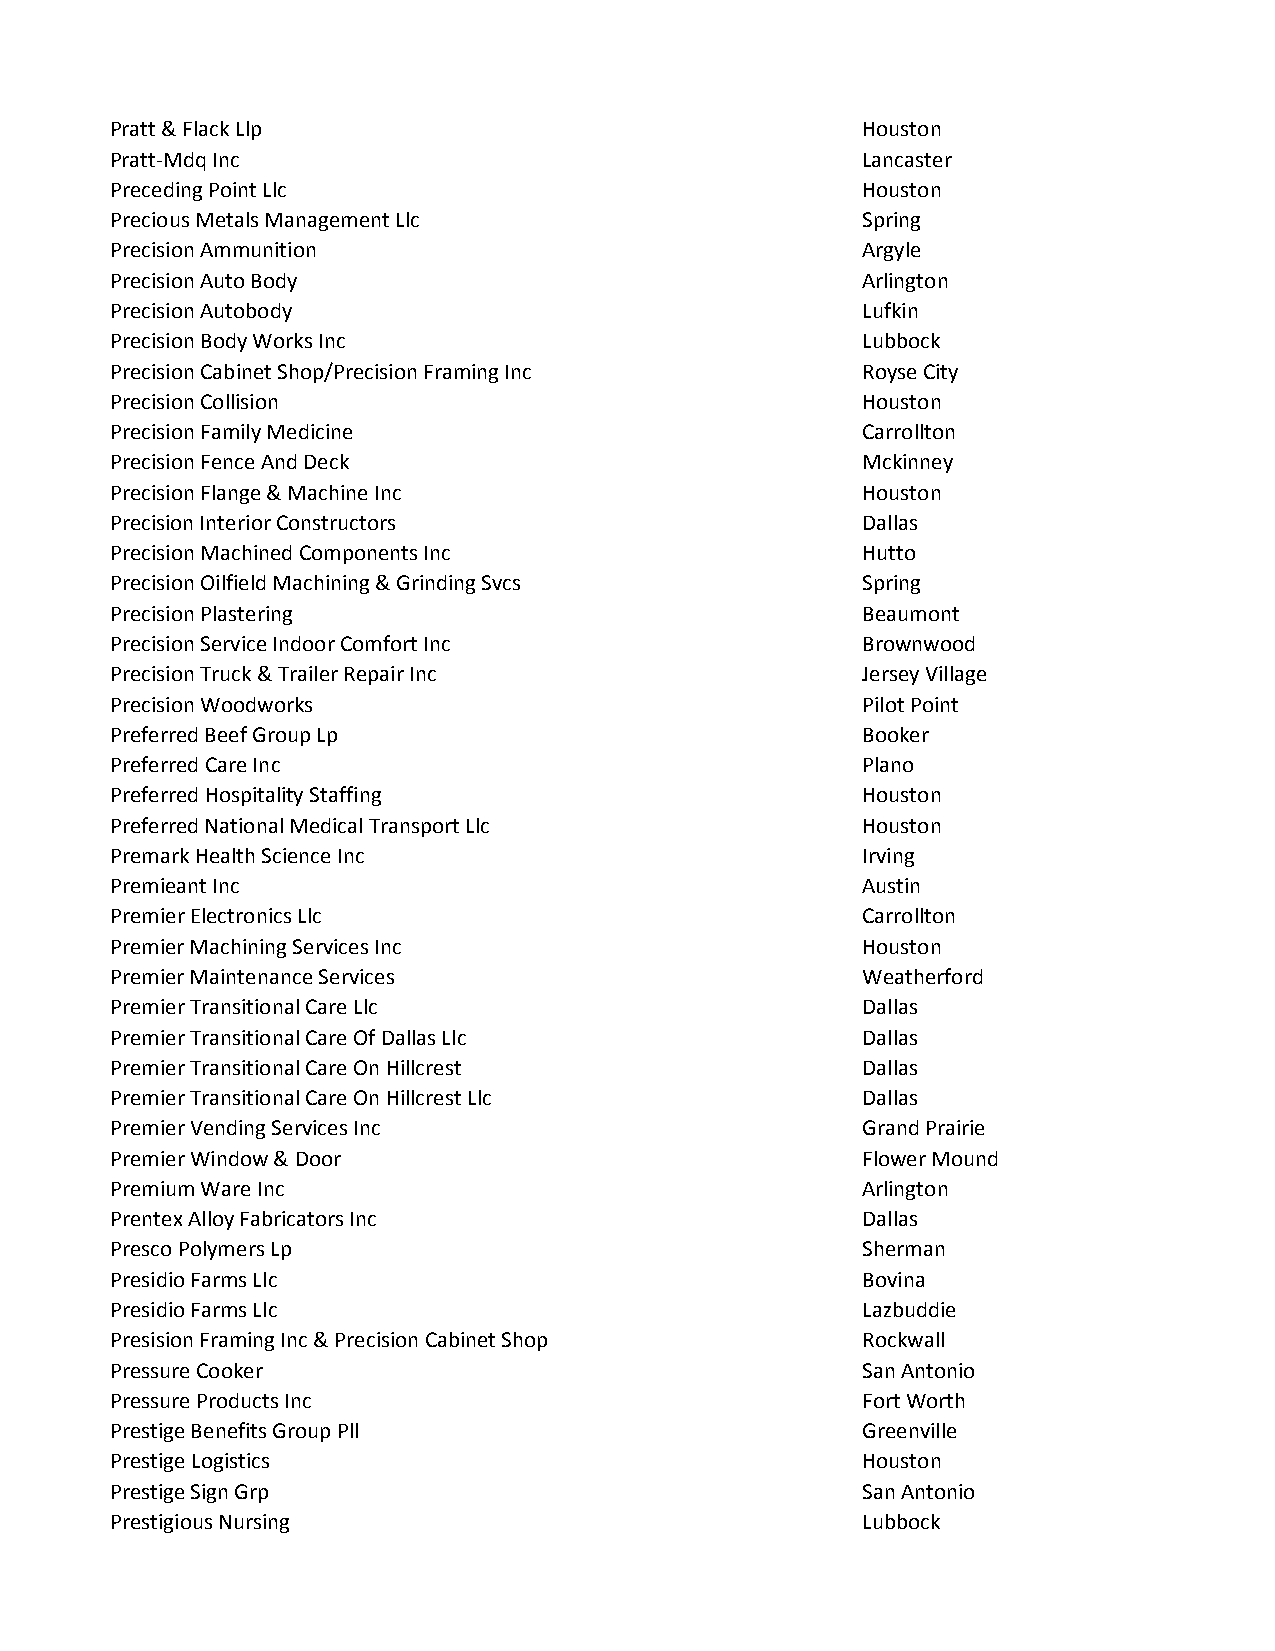
Pratt & Flack Llp                                 Houston
 Pratt-Mdq Inc                                     Lancaster
 Preceding Point Llc                               Houston
 Precious Metals Management Llc                    Spring
 Precision Ammunition                              Argyle
 Precision Auto Body                               Arlington
 Precision Autobody                                Lufkin
 Precision Body Works Inc                          Lubbock
 Precision Cabinet Shop/Precision Framing Inc      Royse City
 Precision Collision                               Houston
 Precision Family Medicine                         Carrollton
 Precision Fence And Deck                          Mckinney
 Precision Flange & Machine Inc                    Houston
 Precision Interior Constructors                   Dallas
 Precision Machined Components Inc                 Hutto
 Precision Oilfield Machining & Grinding Svcs      Spring
 Precision Plastering                              Beaumont
 Precision Service Indoor Comfort Inc              Brownwood
 Precision Truck & Trailer Repair Inc              Jersey Village
 Precision Woodworks                               Pilot Point
 Preferred Beef Group Lp                           Booker
 Preferred Care Inc                                Plano
 Preferred Hospitality Staffing                    Houston
 Preferred National Medical Transport Llc          Houston
 Premark Health Science Inc                        Irving
 Premieant Inc                                     Austin
 Premier Electronics Llc                           Carrollton
 Premier Machining Services Inc                    Houston
 Premier Maintenance Services                      Weatherford
 Premier Transitional Care Llc                     Dallas
 Premier Transitional Care Of Dallas Llc           Dallas
 Premier Transitional Care On Hillcrest            Dallas
 Premier Transitional Care On Hillcrest Llc        Dallas
 Premier Vending Services Inc                      Grand Prairie
 Premier Window & Door                             Flower Mound
 Premium Ware Inc                                  Arlington
 Prentex Alloy Fabricators Inc                     Dallas
 Presco Polymers Lp                                Sherman
 Presidio Farms Llc                                Bovina
 Presidio Farms Llc                                Lazbuddie
 Presision Framing Inc & Precision Cabinet Shop    Rockwall
 Pressure Cooker                                   San Antonio
 Pressure Products Inc                             Fort Worth
 Prestige Benefits Group Pll                       Greenville
 Prestige Logistics                                Houston
 Prestige Sign Grp                                 San Antonio
 Prestigious Nursing                               Lubbock